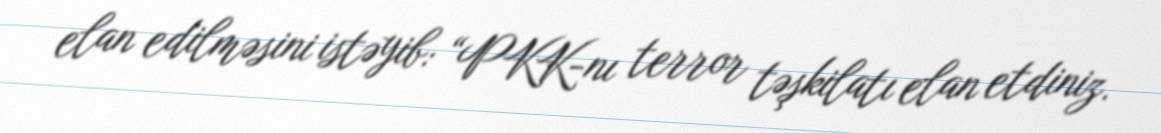
elan edilməsini istəyib: “PKK-nı terror təşkilatı elan etdiniz.